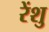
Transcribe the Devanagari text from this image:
रेंशु